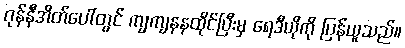
ဂုန်နီအိတ်ပေါ်တွင် ကျကျနနထိုင်ပြီးမှ ရေဒီယိုကို ပြန်ယူသည်။